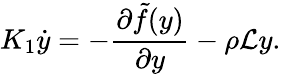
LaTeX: K_{1}\dot{y}=-\frac{\partial\tilde{f}(y)}{\partial y}-\rho\mathcal{L}y.